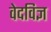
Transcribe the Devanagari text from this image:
वेदविज्ञ